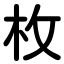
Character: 枚